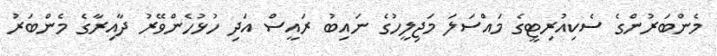
މެންބަރުންގެ ސެކިއުރިޓީގެ މައްސަލަ މަޖިލީހުގެ ނައިބު ރައީސް އަދި ހުޅުހެންވޭރު ދާއިރާގެ މެންބަރު